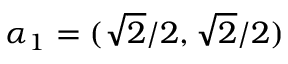
\boldsymbol { \alpha } _ { 1 } = ( \sqrt { 2 } / 2 , \sqrt { 2 } / 2 )